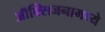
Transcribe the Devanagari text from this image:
ऑक्सिजनामध्ये